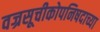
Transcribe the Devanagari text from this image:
वज्रसूचीकोपनिषदाच्या